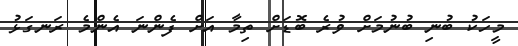
މީހަކު ބުނި ބުނުމަށް ވުރެ ބޮޑަށް ތިމާ އަށް ފެންނަ އެންމެ ރަނގަޅު